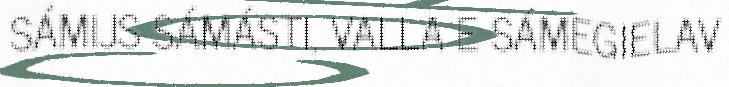
SÁMIJS SÁMÁSTI, VALLA E SÁMEGIELAV